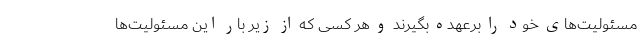
مسئولیت‌های خود را برعهده بگیرند و هر کسی که از زیر بار این مسئولیت‌ها